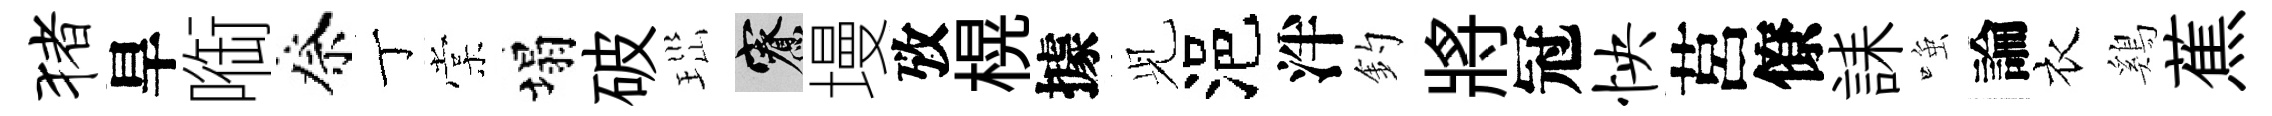
猪旱㗸祭丁棠塌破𤤼寮墁攷榥據𫤗浥泮釣將冠怏莒僚誄𫪻論衣鷄蕉